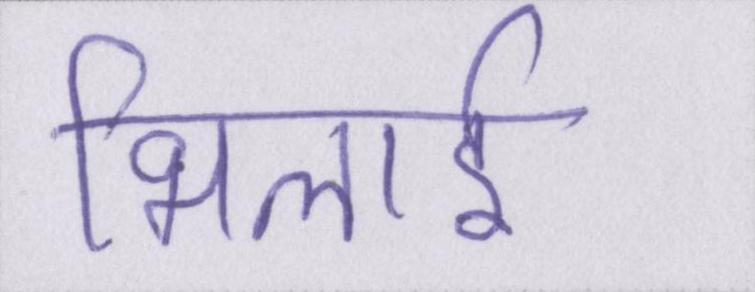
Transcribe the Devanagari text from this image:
भिलाई